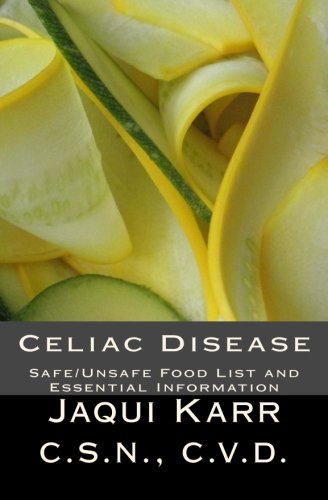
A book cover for Celiac Disease: Safe/Unsafe Food List and Essential Information On Living With A Gluten Free Diet; Jaqui Karr C.S.N.; Health, Fitness & Dieting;